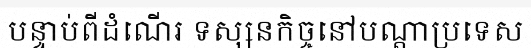
បន្ទាប់ពីដំណើរ ទស្សនកិច្ចនៅបណ្តាប្រទេស